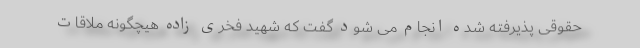
حقوقی پذیرفته شده انجام می شود گفت که شهید فخری زاده هیچگونه ملاقات